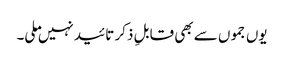
یوں جموں سے بھی قابلِ ذکر تائید نہیں ملی۔